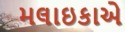
મલાઇકાએ